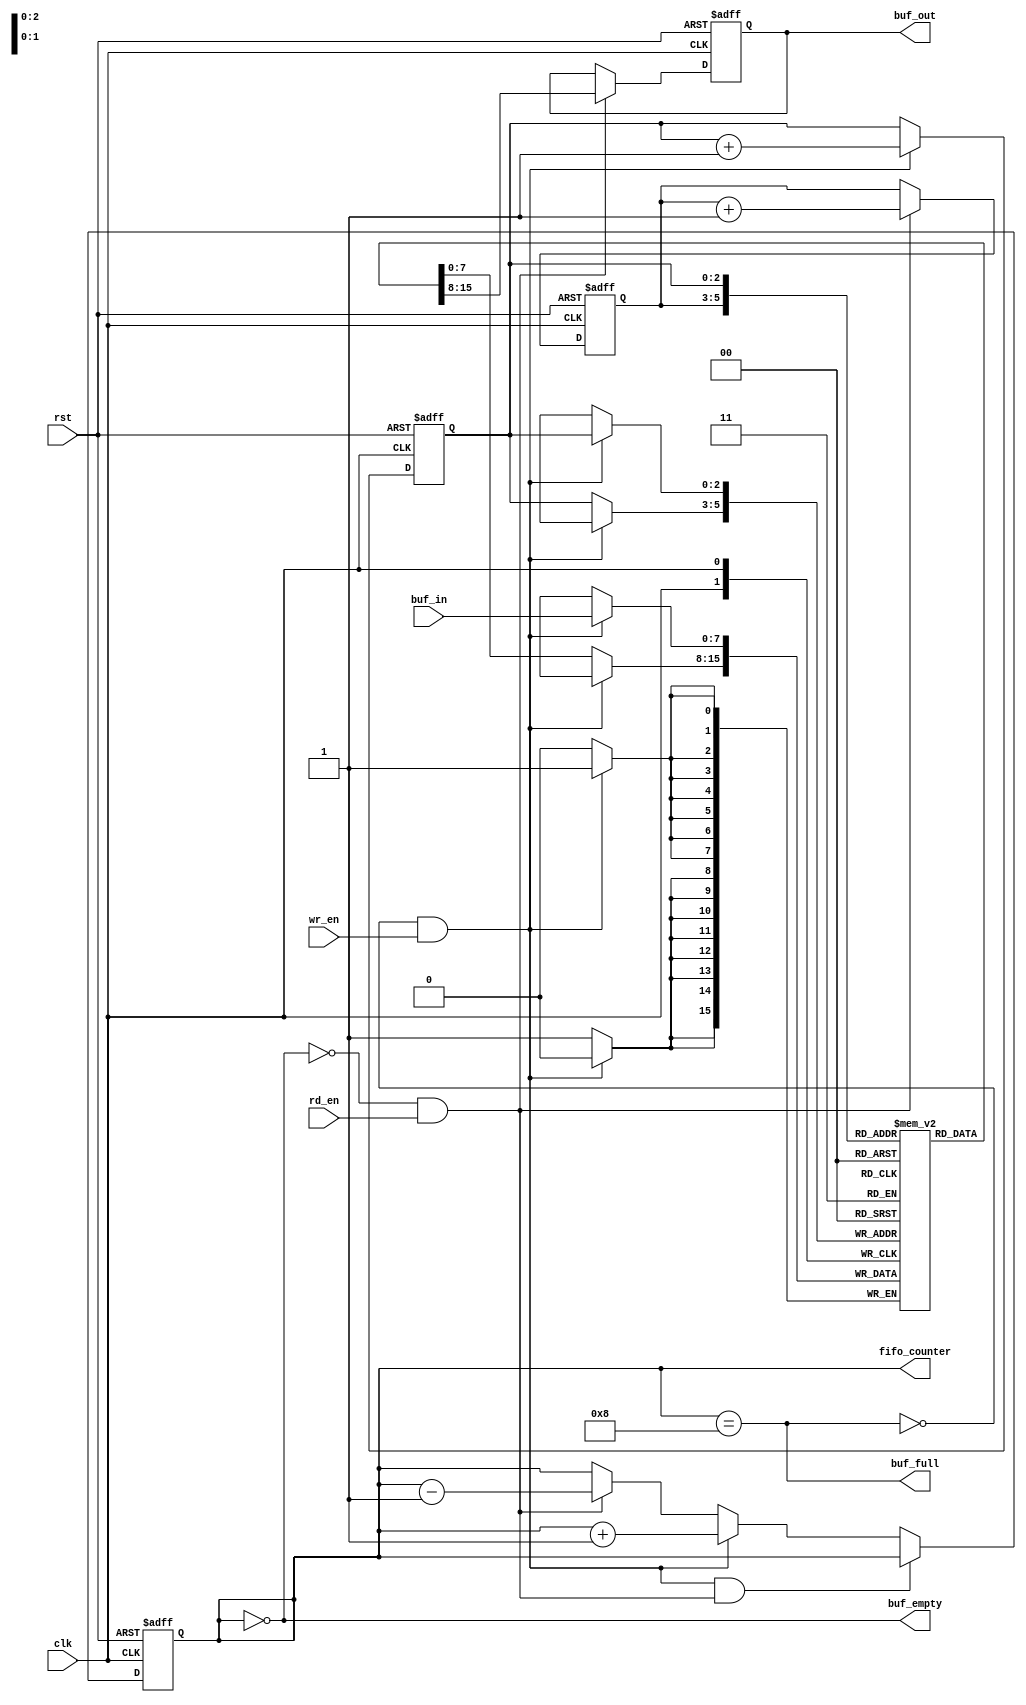
/**************************************************
P1.1 FIFO
************************************************/
module FIFO( clk, rst, buf_in, buf_out, wr_en, rd_en, buf_empty, buf_full, fifo_counter );

input                 rst, clk, wr_en, rd_en;   
input [7:0]           buf_in;                   
output[7:0]           buf_out;                  
output                buf_empty, buf_full;      
output[3 :0] fifo_counter;             

reg[7:0]              buf_out;
reg                   buf_empty, buf_full;
reg[3 :0]    fifo_counter;
reg[3 -1:0]  rd_ptr, wr_ptr;           
reg[7:0]              buf_mem[7 : 0];   

always @(fifo_counter)
begin
   buf_empty = (fifo_counter==0);
   buf_full = (fifo_counter== 8);

end

always @(posedge clk or posedge rst)
begin
   if( rst )
       fifo_counter <= 0;

   else if( (!buf_full && wr_en) && ( !buf_empty && rd_en ) )
       fifo_counter <= fifo_counter;

   else if( !buf_full && wr_en )
       fifo_counter <= fifo_counter + 1;

   else if( !buf_empty && rd_en )
       fifo_counter <= fifo_counter - 1;
   else
      fifo_counter <= fifo_counter;
end

always @( posedge clk or posedge rst)
begin
   if( rst )
      buf_out <= 0;
   else
   begin
      if( rd_en && !buf_empty )
         buf_out <= buf_mem[rd_ptr];

      else
         buf_out <= buf_out;

   end
end

always @(posedge clk)
begin

   if( wr_en && !buf_full )
      buf_mem[ wr_ptr ] <= buf_in;

   else
      buf_mem[ wr_ptr ] <= buf_mem[ wr_ptr ];
end

always@(posedge clk or posedge rst)
begin
   if( rst )
   begin
      wr_ptr <= 0;
      rd_ptr <= 0;
   end
   else
   begin
      if( !buf_full && wr_en )    wr_ptr <= wr_ptr + 1;
          else  wr_ptr <= wr_ptr;

      if( !buf_empty && rd_en )   rd_ptr <= rd_ptr + 1;
      else rd_ptr <= rd_ptr;
   end

end
endmodule